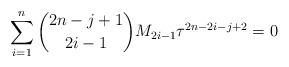
LaTeX: \begin{align*}\sum^{n}_{i=1}\binom{2n-j+1}{2i-1}M_{2i-1} \tau^{2n-2i-j+2}=0\end{align*}